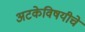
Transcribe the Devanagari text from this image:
अटकेविषयीचे